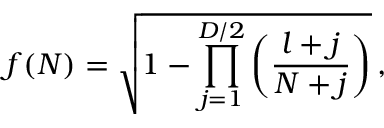
f ( N ) = \sqrt { 1 - \prod _ { j = 1 } ^ { D / 2 } \left( \frac { l + j } { N + j } \right) } \, ,